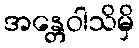
အန္တေဝါသိမှိ